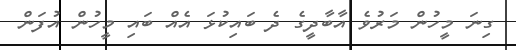
ގިނަ މީހުން މަރުވެ އާބާދީގެ ދެ ބައިކުޅަ އެއް ބައި މީހުން އުފަން